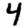
Digit: 4